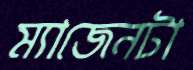
ম্যাজেনটা